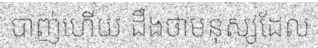
បាញ់ហើយ ដឹងថាមនុស្សដែល